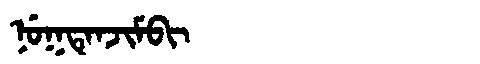
Manchu: ᠨᡠᡴᡨᡝᠨᠵᡳᠮᠪᡳ
Romanization: NUKTENJIMBI